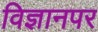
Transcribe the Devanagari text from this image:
विज्ञानपर